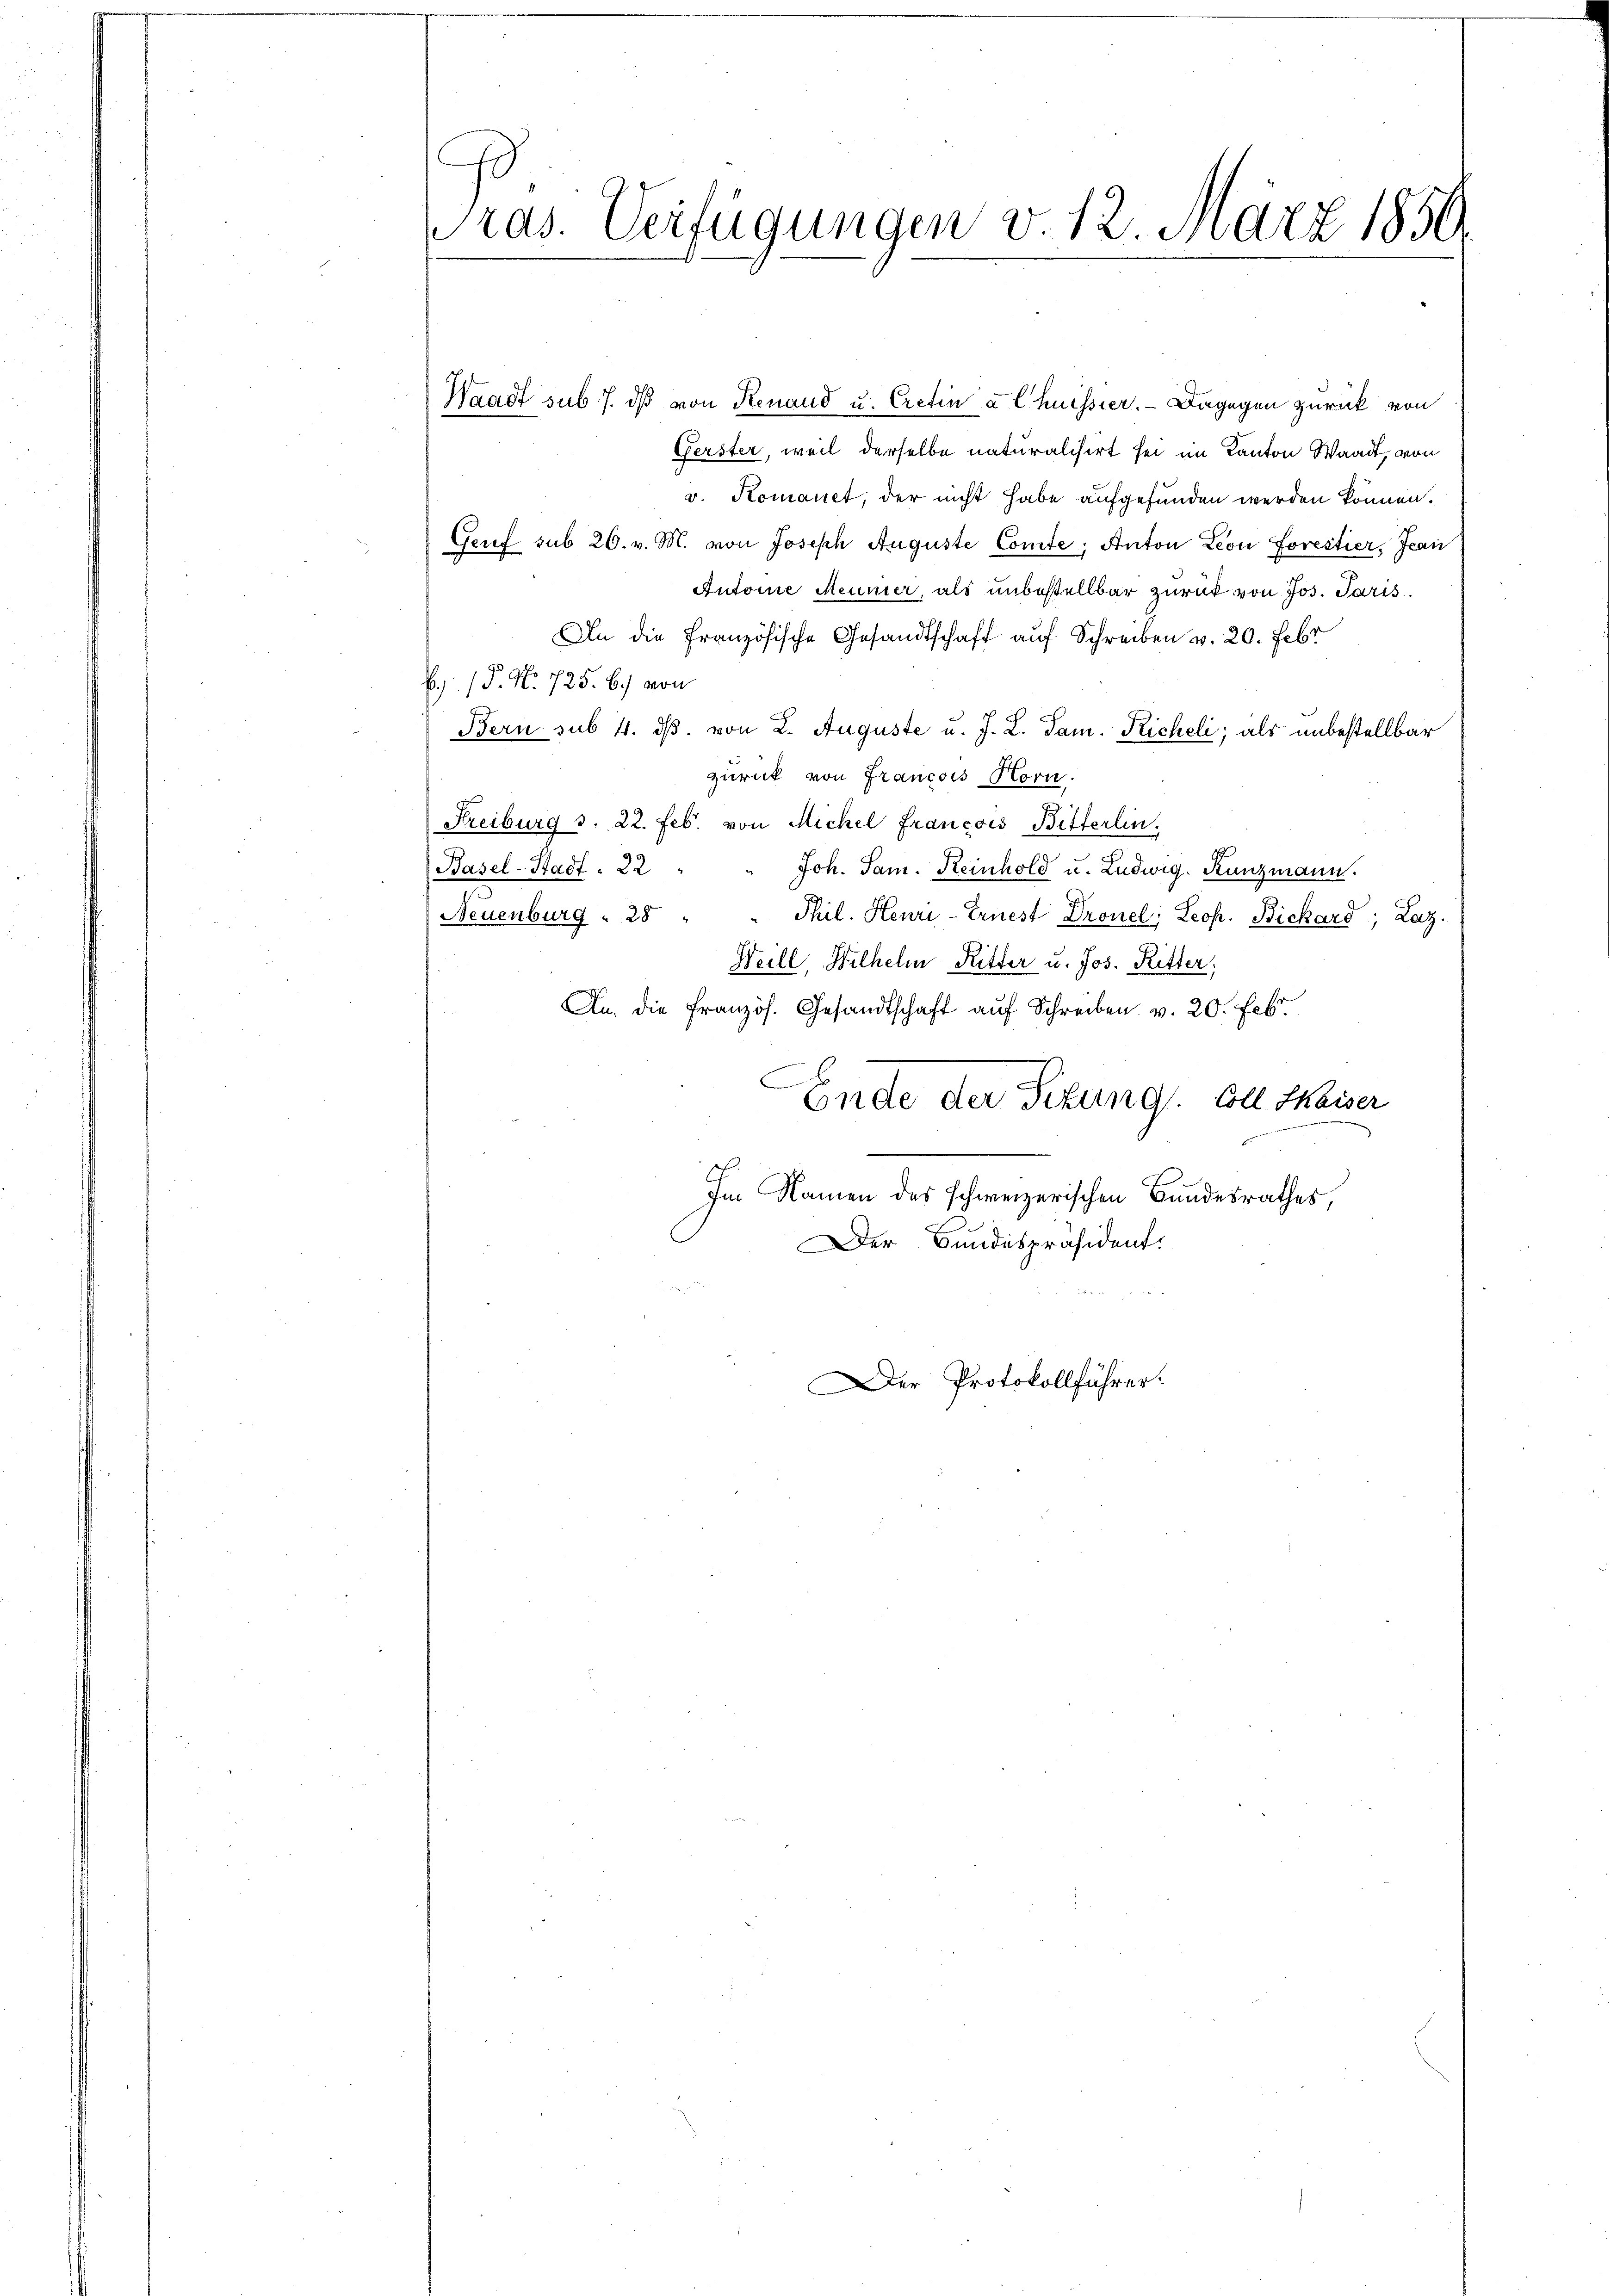
ras. Verfügungen v. 12. März 1856.

Gerster, weil derselbe naturalisirt sei im Kanton Waadt, von
v. Komanet, der nicht habe aufgefunden werden können.
Genf sub 26. v. M. von Joseph Auguste Comte, Anton Leon Forestier, Jean
Autore Meunier, als unbestellbar zurück von Jos. Paris.
An die französische Gesandtschaft auf Schreiben v. 20. Febr
B) P. Nr. 725. B.) von
Bern sub. 4. ds. von 2. Auguste u. J. L. Tam. Richeli; als unbestellbar
zurück von Francois Horn.
Freiburg s. 22. Feb. von Michel Francois Bitterlin,
Basel-Stadt. 22
Joh. Jan. Keinhold u. Ludwig. Kunzmann.
Neuenburg  28 " " Phil. Henri-Ernest Dronel; Leop. Bickard; Laz.
Heill, Wilhelm Ritter u. Jos. Ritter,
An. die französ. Gesandtschaft auf Schreiben v. 20. Feb.
Ende der Sitzung. Soll Maiser
Im Namen des schweizerischen Bundesrathes,
Der Bundespräsident.
Der Protokollführer.

Waadt sub 7. dβ von Renaud u. Cretina Chuessier. — Dagegen zurück von